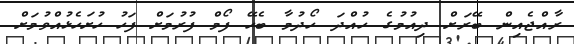
ރާއްޖެއިން ބޭރަށް ދިއުމުގެ ހުއްދަ ހޯދުމާ ބެހޭ ފޯމް ފުރުމަށް ފަހު ހުށަހެޅުއްވުމަށް